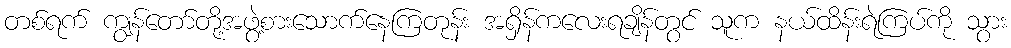
တစ်ရက် ကျွန်တော်တို့အဖွဲ့စားသောက်နေကြတုန်း အရှိန်ကလေးရချိန်တွင် သူက နယ်ထိန်းရဲကြပ်ကို သွား